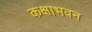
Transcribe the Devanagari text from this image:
कक्षाभवन